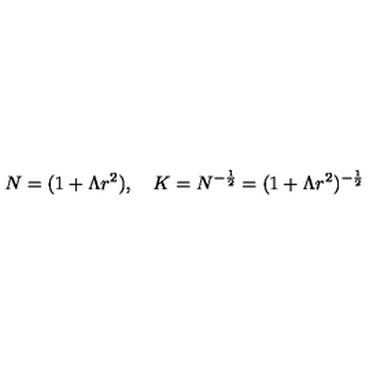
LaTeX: N = ( 1 + \Lambda r ^ { 2 } ) , \quad K = N ^ { - \frac { 1 } { 2 } } = ( 1 + \Lambda r ^ { 2 } ) ^ { - \frac { 1 } { 2 } }